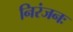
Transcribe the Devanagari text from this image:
निरंजनः